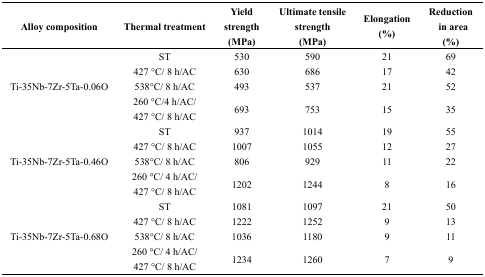
| Alloy composition | Thermal treatment | Yield strength(MPa) | Ultimate tensile strength(MPa) | Elongation(%) | Reduction in area(%) |
 | --- | --- | --- | --- | --- | --- |
 | <ROWSPAN=4> Ti-35Nb-7Zr-5Ta-0.06O | ST | 530 | 590 | 21 | 69 |
 | 427 °C/ 8 h/AC | 630 | 686 | 17 | 42 |
 | 538°C/ 8 h/AC | 493 | 537 | 21 | 52 |
 | 260 °C/4 h/AC/427 °C/ 8 h/AC | 693 | 753 | 15 | 35 |
 | <ROWSPAN=4> Ti-35Nb-7Zr-5Ta-0.46O | ST | 937 | 1014 | 19 | 55 |
 | 427 °C/ 8 h/AC | 1007 | 1055 | 12 | 27 |
 | 538°C/ 8 h/AC | 806 | 929 | 11 | 22 |
 | 260 °C/ 4 h/AC/ 427 °C/ 8 h/AC | 1202 | 1244 | 8 | 16 |
 | <ROWSPAN=4> Ti-35Nb-7Zr-5Ta-0.68O | ST | 1081 | 1097 | 21 | 50 |
 | 427 °C/ 8 h/AC | 1222 | 1252 | 9 | 13 |
 | 538°C/ 8 h/AC | 1036 | 1180 | 9 | 11 |
 | 260 °C/ 4 h/AC/ 427 °C/ 8 h/AC | 1234 | 1260 | 7 | 9 |